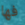
فها